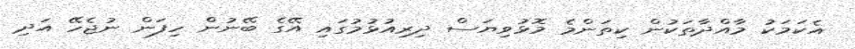
އެކަމަކު މާއްދާތަކުން ކިތަންމެ މޮޅުވިޔަސް ދިރިއުޅުމުގައި އޭގެ ބޭނުން ހިފަން ނުޖެހޭ އަދި